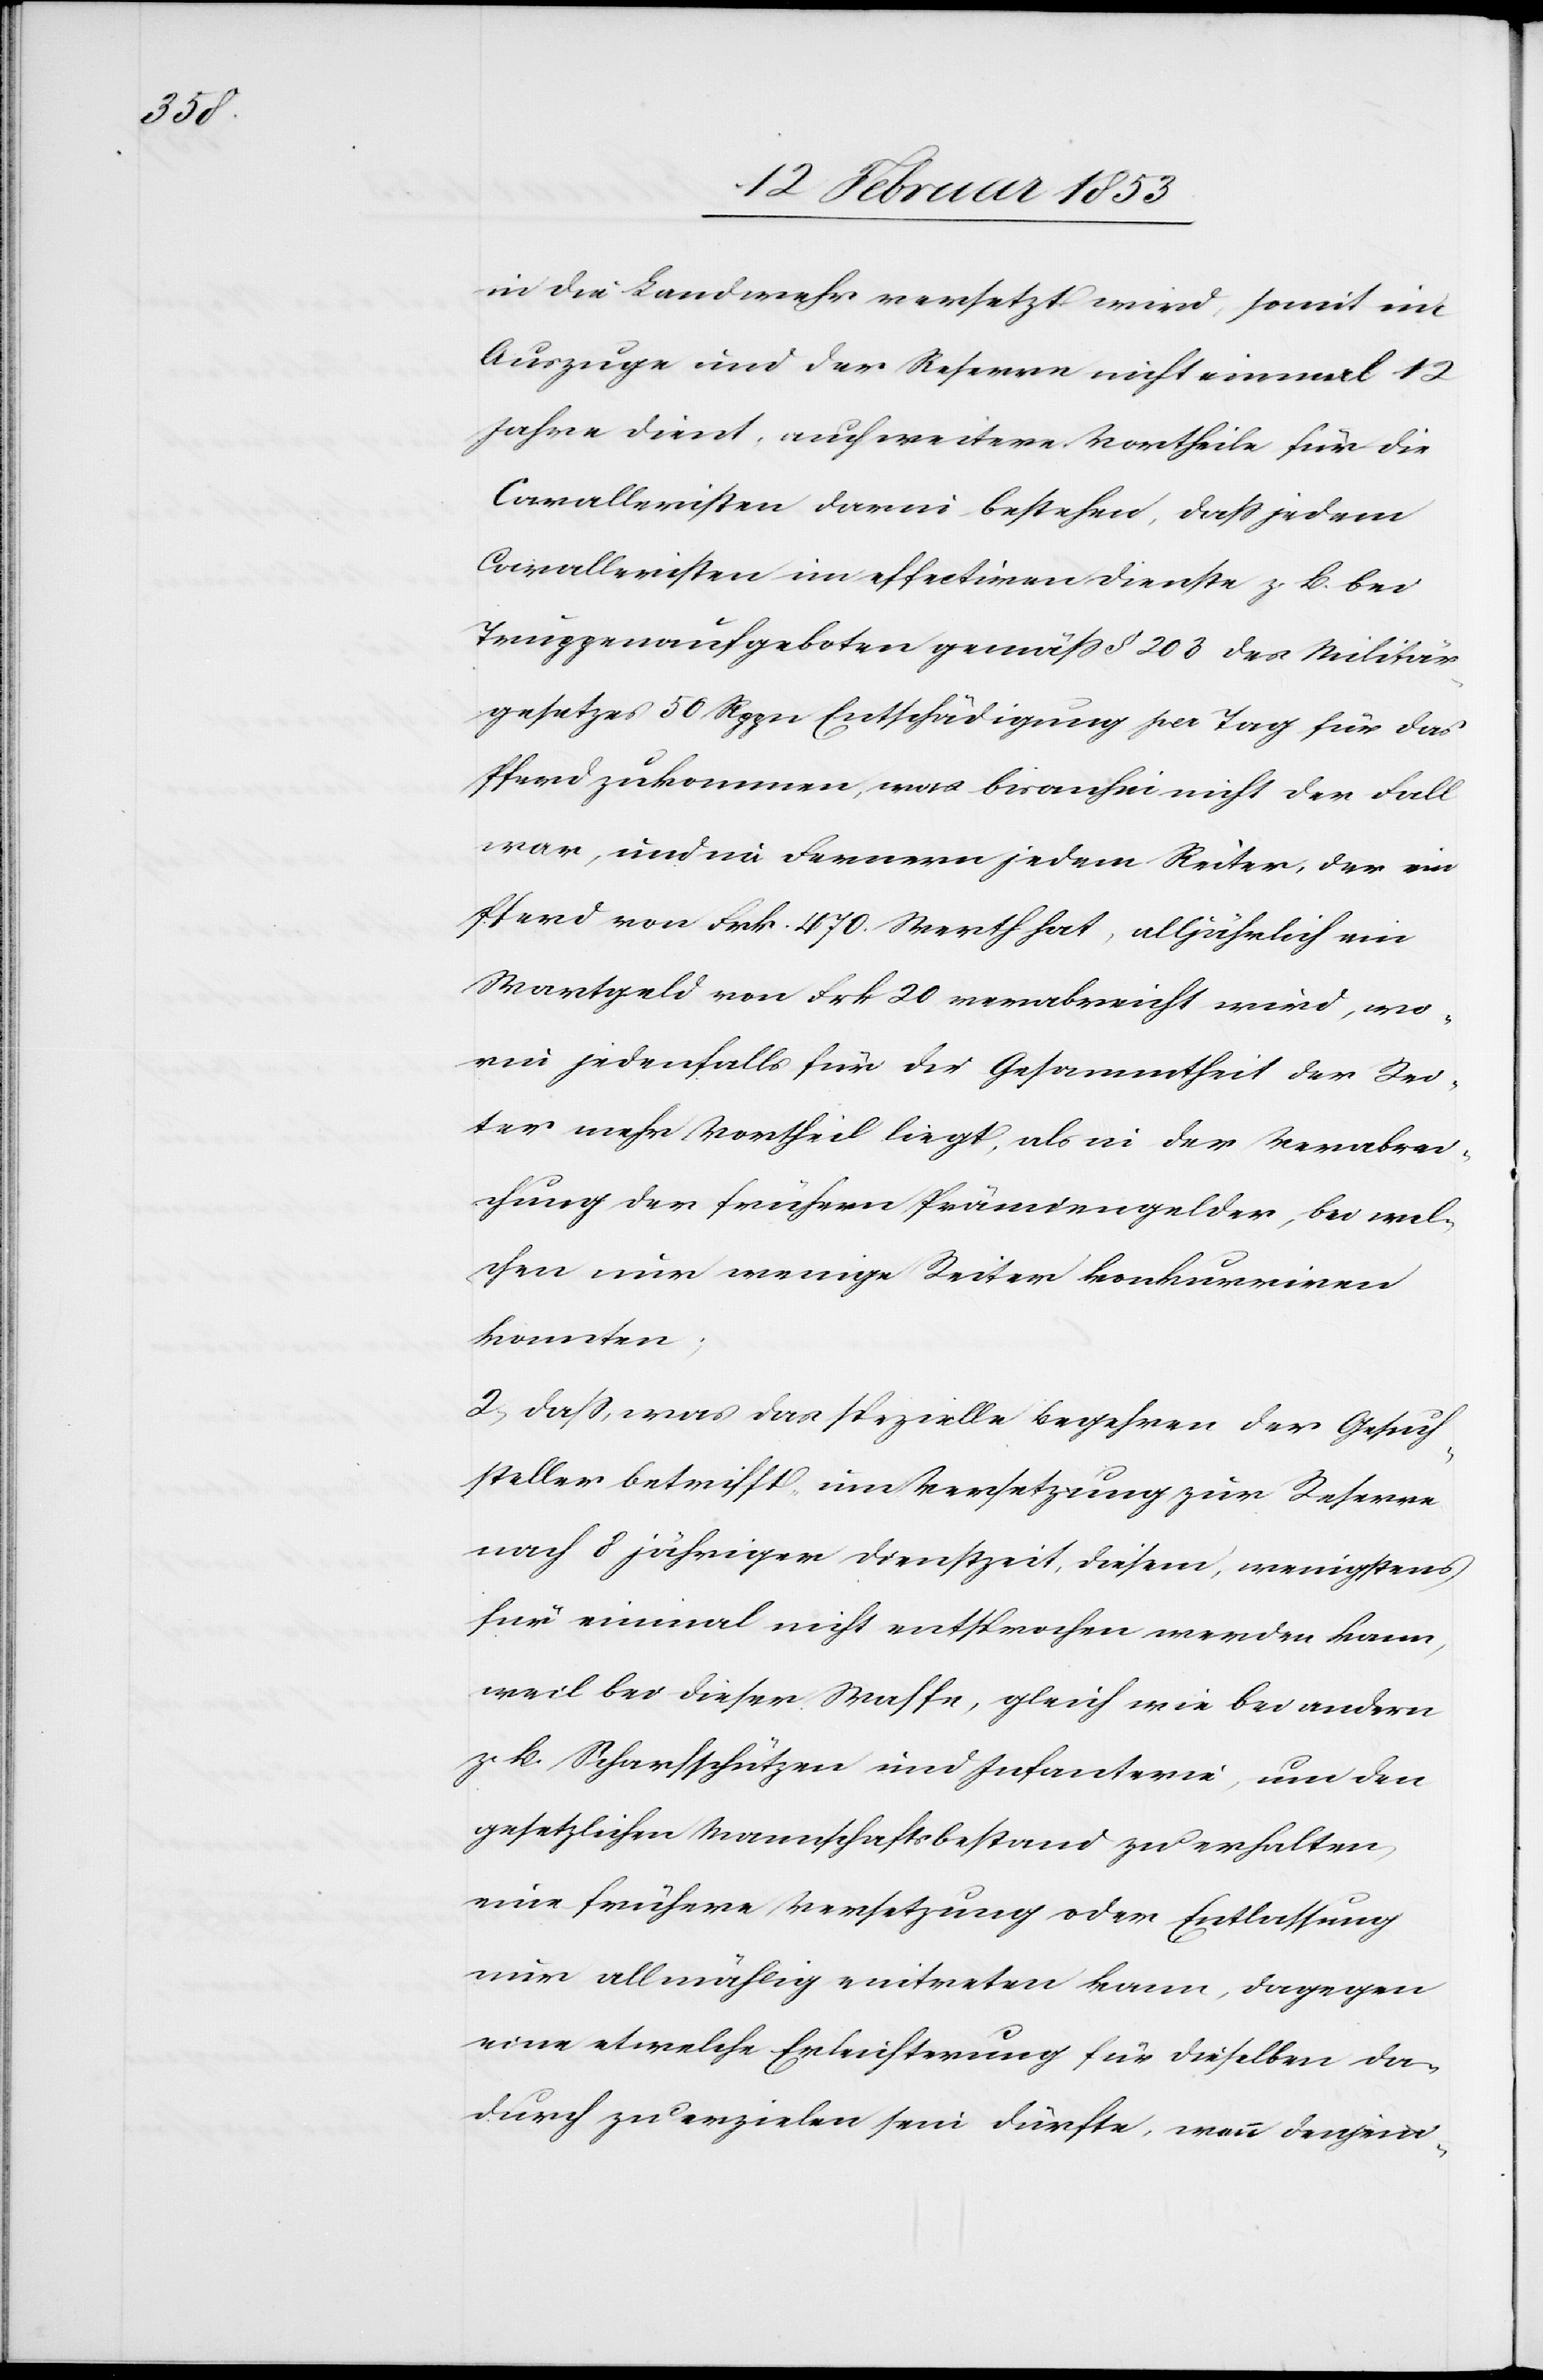
in die Landwehr versetzt wird, somit im
Auszuge und der Reserve nicht einmal 12
Jahre dient, auch weitere Vortheile für die
Cavalleristen darum bestehen, daß jedem
Cavalleristen im effectiven Dienste z. B. bei
Truppenaufgeboten gemäß § 203 des Militär¬
gesetzes 56 Rppn Entschädigung pr Tag für das
Pfund zukommen, was bisanhin nicht der Fall
war, und im Fernern jedem Reiter, der ein
Pferd von Frk. 470 Wert hat, alljährlich ein
Wartgeld von Frk 20 verabreicht wird, wo¬
rin jedenfalls für die Gesammtheit der Rei¬
ter mehr Vortheil liegt, als in der Verabrei¬
chung der frühern Prämiengelder, bei wel¬
chen nur wenige Reiter konkurriren
konnten;
2, daß, was das spezielle Begehren der Gesuch¬
ssteller betrifft, um Versetzung zur Reserve
nach 8 jähriger Dienstzeit, diesem, wenigstens
für einmal nicht entsprochen werden kann,
weil bei dieser Waffe, gleich wie bei andern
z. B. Scharfschützen und Infanterie, um den
gesetzlichen Mannschaftsbestand zu erhalten,
eine frühere Versetzung oder Entlassung
nur allmählig eintreten kann, dagegen
eine etwelche Erleichterung für dieselben da¬
durch zu erzielen sein dürfte, wenn denjeni-